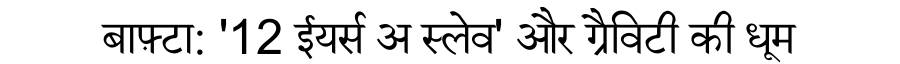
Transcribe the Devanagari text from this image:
बाफ़्टा: '12 ईयर्स अ स्लेव' और ग्रैविटी की धूम